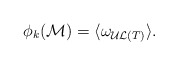
\begin{align*}\phi_k({\cal M})=\langle\omega_{{\cal UL}(T)}\rangle{\rm.}\end{align*}